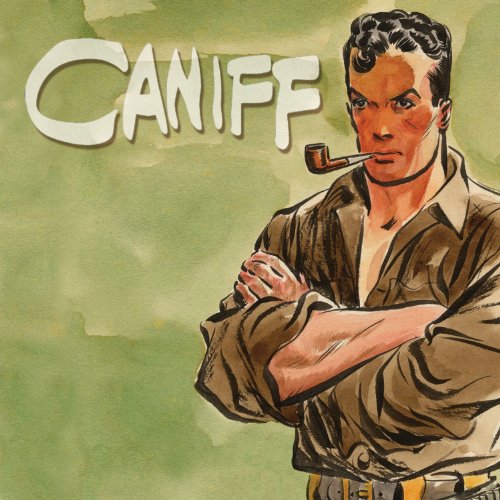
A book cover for Caniff HC; Comics & Graphic Novels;